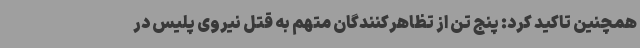
همچنین تاکید کرد: پنج تن از تظاهرکنندگان متهم به قتل نیروی پلیس در